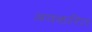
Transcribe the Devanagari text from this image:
अवकरित